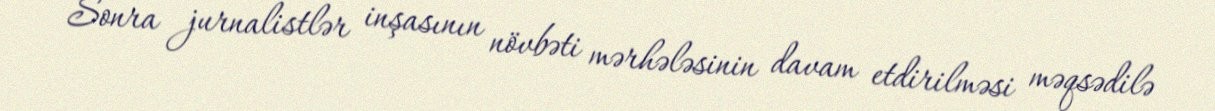
Sonra jurnalistlər inşasının növbəti mərhələsinin davam etdirilməsi məqsədilə